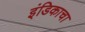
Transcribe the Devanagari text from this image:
इंडिकाचा